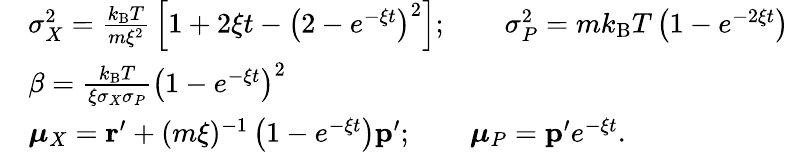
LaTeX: {\begin{array}{rl}&{\sigma_{X}^{2}={\frac{k_{\mathrm{B}}T}{m\xi^{2}}}\left[1+2\xi t-\left(2-e^{-\xi t}\right)^{2}\right];\qquad\sigma_{P}^{2}=mk_{\mathrm{B}}T\left(1-e^{-2\xi t}\right)}\\ &{\beta={\frac{k_{\mathrm{B}}T}{\xi\sigma_{X}\sigma_{P}}}\left(1-e^{-\xi t}\right)^{2}}\\ &{{\boldsymbol{\mu}}_{X}=\mathbf{r}^{\prime}+(m\xi)^{-1}\left(1-e^{-\xi t}\right)\mathbf{p}^{\prime};\qquad{\boldsymbol{\mu}}_{P}=\mathbf{p}^{\prime}e^{-\xi t}.}\end{array}}